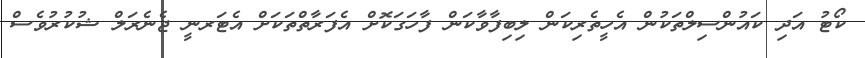
ކޯޓު އަދި ކައުންސިލްތަކުން އެހީތެރިކަން ލިބިފާވާކަން ފާހަގަކޮށް އެފަރާތްތަކަށް އެޓަރނީ ޖެނެރަލް ޝުކުރުވެސް